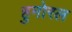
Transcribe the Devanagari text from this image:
हुमोरल